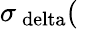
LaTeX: \sigma_{\mathrm{\ delta}}(\